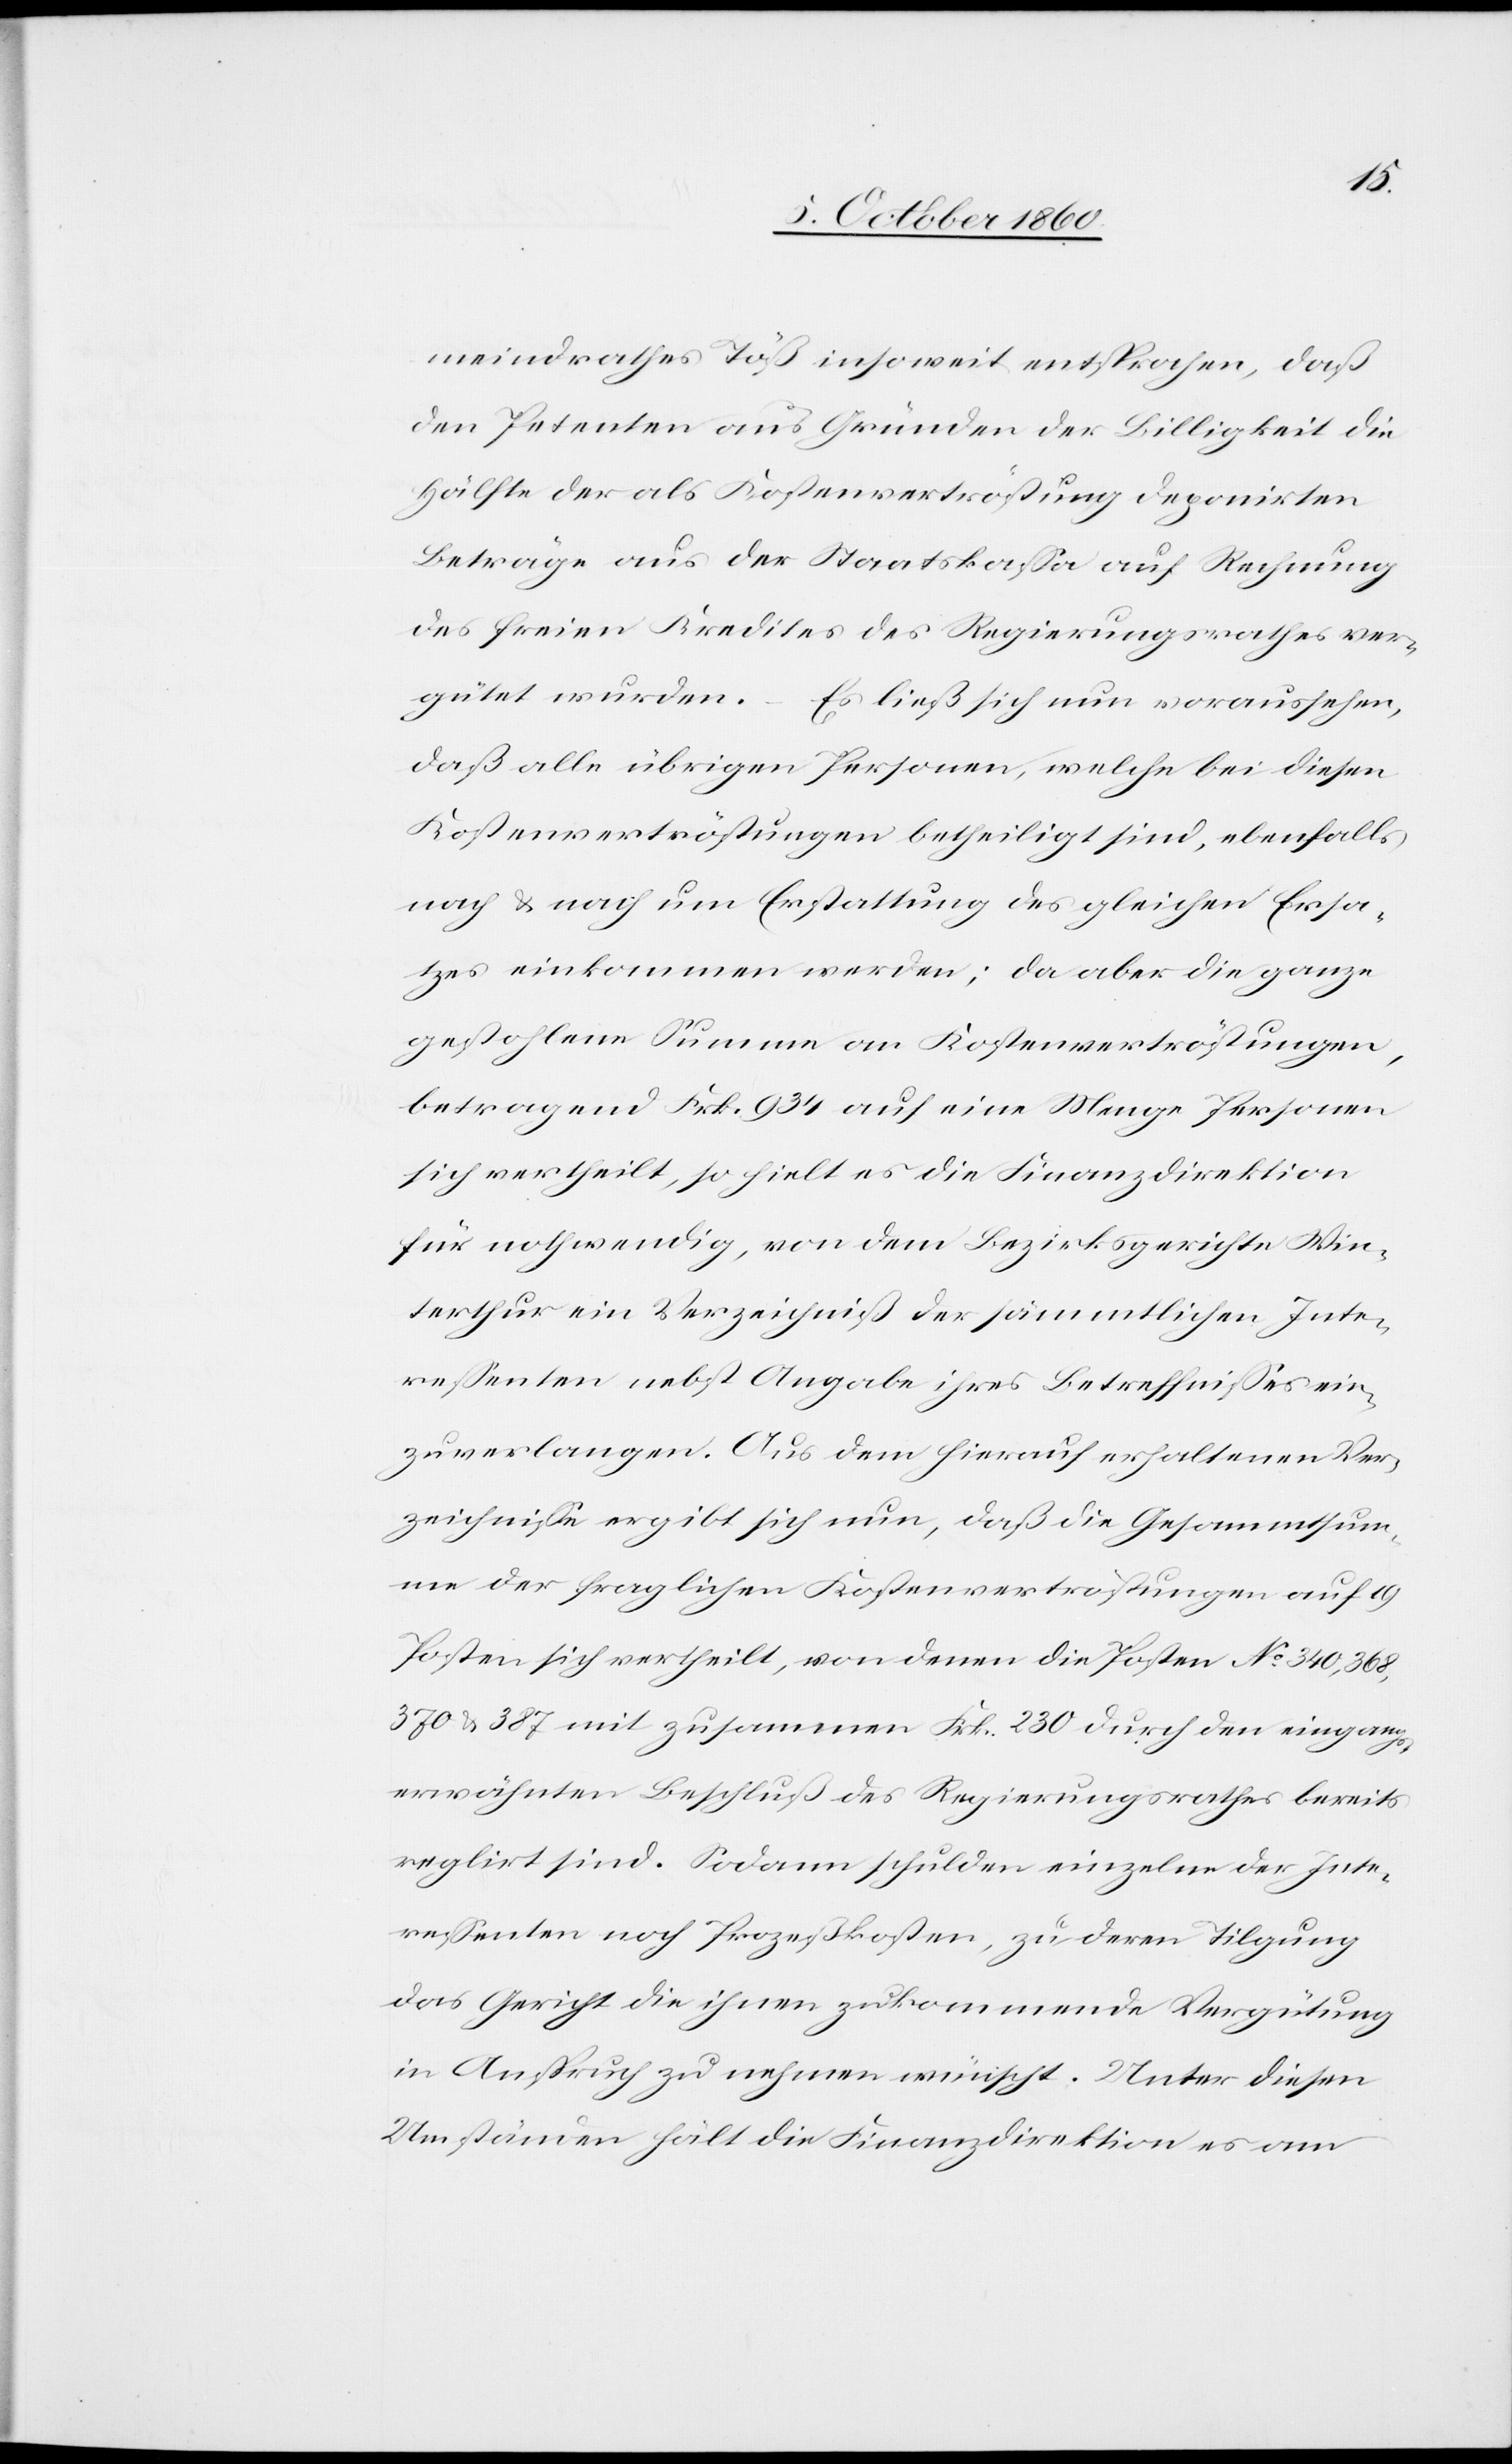
meindrathes Töß insoweit entsprochen, daß
den Petenten aus Gründen der Billigkeit die
Hälfte der als Kostenvertröstung deponirten
Beträge aus der Staatskassa auf Rechnung
des freien Kredites des Regierungsrathes ver¬
gütet wurden.
Es ließ sich nun voraussehen,
daß alle übrigen Personen, welche bei diesen
Kostenvertröstungen betheiligt sind, ebenfalls
nach u. nach um Erstattung des gleichen Ersa¬
tzes einkommen werden; da aber die ganze
gestohlene Summe an Kostenvertröstungen,
betragend Frk. 934 auf eine Menge Personen
sich vertheilt, so hielt es die Finanzdirektion
für nothwendig, von dem Bezirksgerichte Win¬
terthur ein Verzeichniß der sämmtlichen Inte¬
ressenten nebst Angabe ihres Betreffnisses ein¬
zuverlangen. Aus dem hierauf erhaltenen Ver¬
zeichnisse ergibt sich nun, daß die Gesammtsum¬
me der fraglichen Kostenvertröstungen auf 19
Posten sich vertheilt, von denen die Posten No 340, 368,
370 u. 387 mit zusammen Frk. 230 durch den eingangs
erwähnten Beschluß des Regierungsrathes bereits
regulirt sind. Sodann schulden einzelne der Inte¬
ressenten noch Prozeßkosten, zu deren Tilgung
das Gericht die ihnen zukommende Vergütung
in Anspruch zu nehmen wünscht. Unter diesen
Umständen hält die Finanzdirektion es am